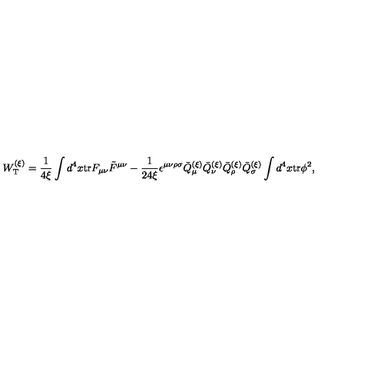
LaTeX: W _ { \mathrm { T } } ^ { ( \xi ) } = \frac { 1 } { 4 \xi } \int d ^ { 4 } x \mathrm { t r } F _ { \mu \nu } \tilde { F } ^ { \mu \nu } - \frac { 1 } { 2 4 \xi } \epsilon ^ { \mu \nu \rho \sigma } \bar { Q } _ { \mu } ^ { ( \xi ) } \bar { Q } _ { \nu } ^ { ( \xi ) } \bar { Q } _ { \rho } ^ { ( \xi ) } \bar { Q } _ { \sigma } ^ { ( \xi ) } \int d ^ { 4 } x \mathrm { t r } \phi ^ { 2 } ,